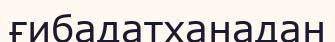
ғибадатханадан